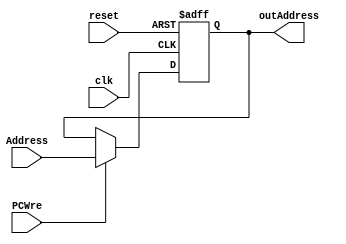
`timescale 1ns / 1ps
//////////////////////////////////////////////////////////////////////////////////
// Company: 
// Engineer: 
// 
// Design Name: 
// Module Name: PC
// Project Name: 
// Target Devices: 
// Tool Versions: 
// Description: 
// 
// Dependencies: 
// 
// Revision:
// Revision 0.01 - File Created
// Additional Comments:
// 
//////////////////////////////////////////////////////////////////////////////////


module PC(
    input clk,
    input reset,
    input PCWre,
    input [31:0] Address,
    output reg [31:0] outAddress
    );
    
    always @ (posedge clk or posedge reset) 
    begin
        if (reset == 1) begin
            outAddress = 0;
        end
        else begin
            if (PCWre == 1) begin
                outAddress = Address;     
            end else begin
                outAddress = outAddress;
            end
        end
    end
    
endmodule